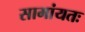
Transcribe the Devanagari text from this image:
सामांयतः